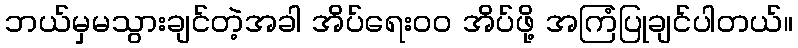
ဘယ်မှမသွားချင်တဲ့အခါ အိပ်ရေးဝဝ အိပ်ဖို့ အကြံပြုချင်ပါတယ်။